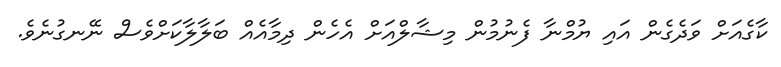
ކާގެއަށް ވަދެގެން އައި ޔުމްނާ ފެނުމުން މިޝާލްއަށް އެހެން ދިމާއެއް ބަލާލާކަށްވެސް ނޭނގުނެވެ.